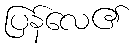
ပြန်လေ၏